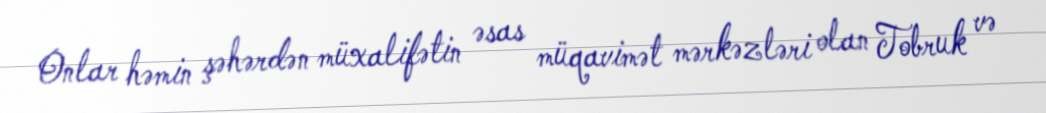
Onlar həmin şəhərdən müxalifətin əsas müqavimət mərkəzləri olan Tobruk və